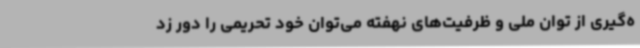
ه‌گیری از توان ملی و ظرفیت‌های نهفته می‌توان خود تحریمی را دور زد